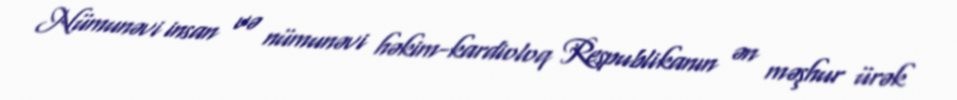
Nümunəvi insan və nümunəvi həkim-kardioloq Respublikanın ən məşhur ürək